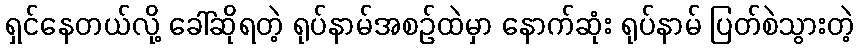
ရှင်နေတယ်လို့ ခေါ်ဆိုရတဲ့ ရုပ်နာမ်အစဉ်ထဲမှာ နောက်ဆုံး ရုပ်နာမ် ပြတ်စဲသွားတဲ့